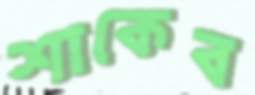
শাকেব